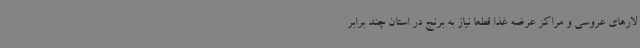
لارهای عروسی و مراکز عرضه غذا قطعا نیاز به برنج در استان چند برابر